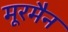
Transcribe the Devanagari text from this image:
मूरमैन